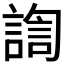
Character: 𰵀